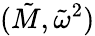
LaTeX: (\tilde{M},\tilde{\omega}^{2})